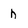
Character: h